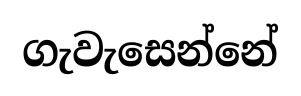
ගැවැසෙන්නේ